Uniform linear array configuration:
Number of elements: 8
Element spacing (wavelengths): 0.5
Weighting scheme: kaiser
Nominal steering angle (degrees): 60
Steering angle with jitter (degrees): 61.352
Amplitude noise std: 0.05
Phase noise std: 0.05

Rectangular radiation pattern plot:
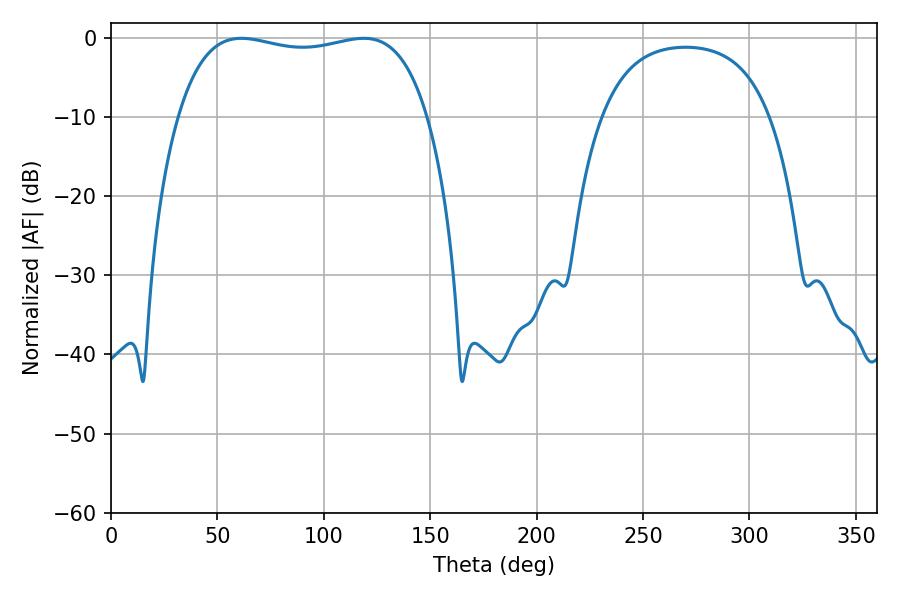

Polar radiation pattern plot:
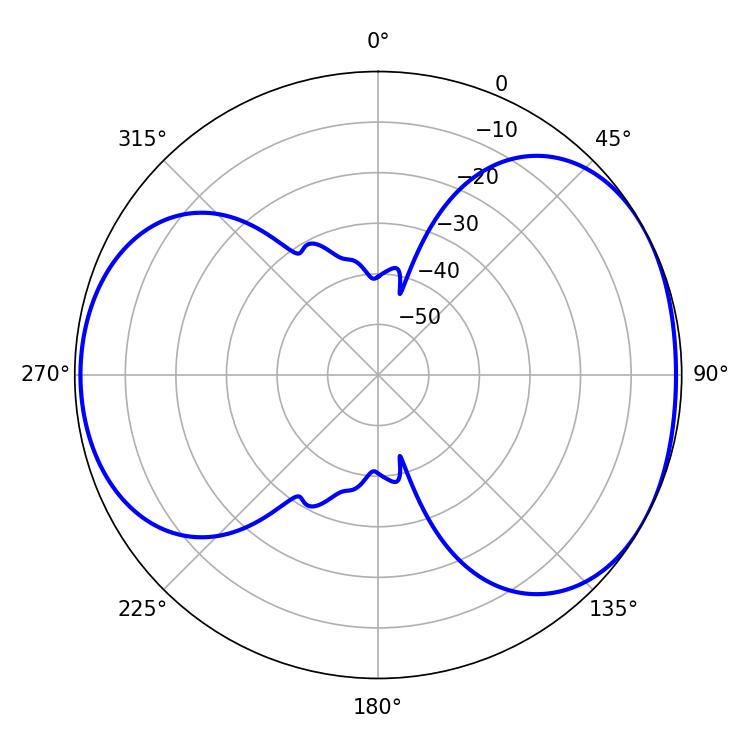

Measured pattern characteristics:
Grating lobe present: FALSE
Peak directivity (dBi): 4.831
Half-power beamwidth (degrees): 94.68
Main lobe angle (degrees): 61.2